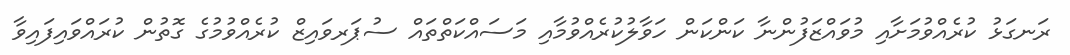
ރަނގަޅު ކުރެއްވުމަށާއި މުވައްޒަފުންނާ ކަންކަން ހަވާލުކުރެއްވުމާއި މަސައްކަތްތައް ސުޕަރވައިޒް ކުރެއްވުމުގެ ގޮތުން ކުރައްވައިފައިވާ